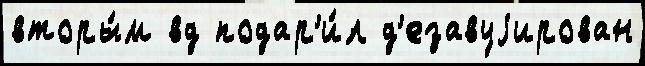
вторы́м вд подар'и́л д'езавуjирован